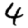
Digit: 4